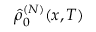
\hat { \rho } _ { 0 } ^ { ( N ) } ( x , T )